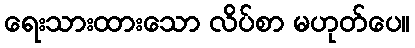
ရေးသားထားသော လိပ်စာ မဟုတ်ပေ။